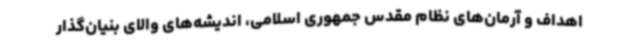
اهداف و آرمان‌های نظام مقدس جمهوری اسلامی، اندیشه‌های والای بنیان‌گذار